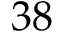
3 8